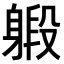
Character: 𨉨